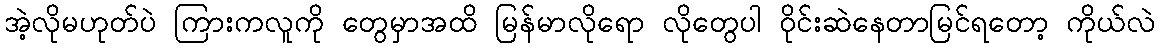
အဲ့လိုမဟုတ်ပဲ ကြားကလူကို တွေမှာအထိ မြန်မာလိုရော လိုတွေပါ ဝိုင်းဆဲနေတာမြင်ရတော့ ကိုယ်လဲ